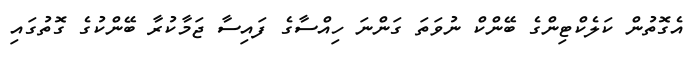
އެގޮތުން ކަލެކްޓިންގެ ބޭންކް ނުވަތަ ގަންނަ ހިއްސާގެ ފައިސާ ޖަމާކުރާ ބޭންކުގެ ގޮތުގައި